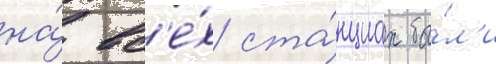
на́ вс'е́х ста́нциах бы́л'и